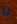
يا